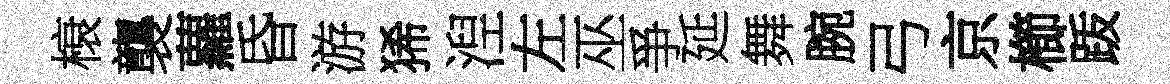
榱襲蘿昏游狶湼左巫爭延舞腕弓京櫛䟦